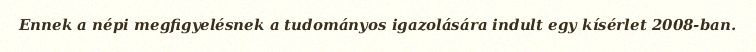
Ennek a népi megfigyelésnek a tudományos igazolására indult egy kísérlet 2008-ban.